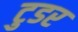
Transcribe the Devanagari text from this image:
टुडर